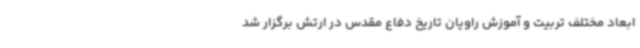
ابعاد مختلف تربیت و آموزش راویان تاریخ دفاع مقدس در ارتش برگزار شد